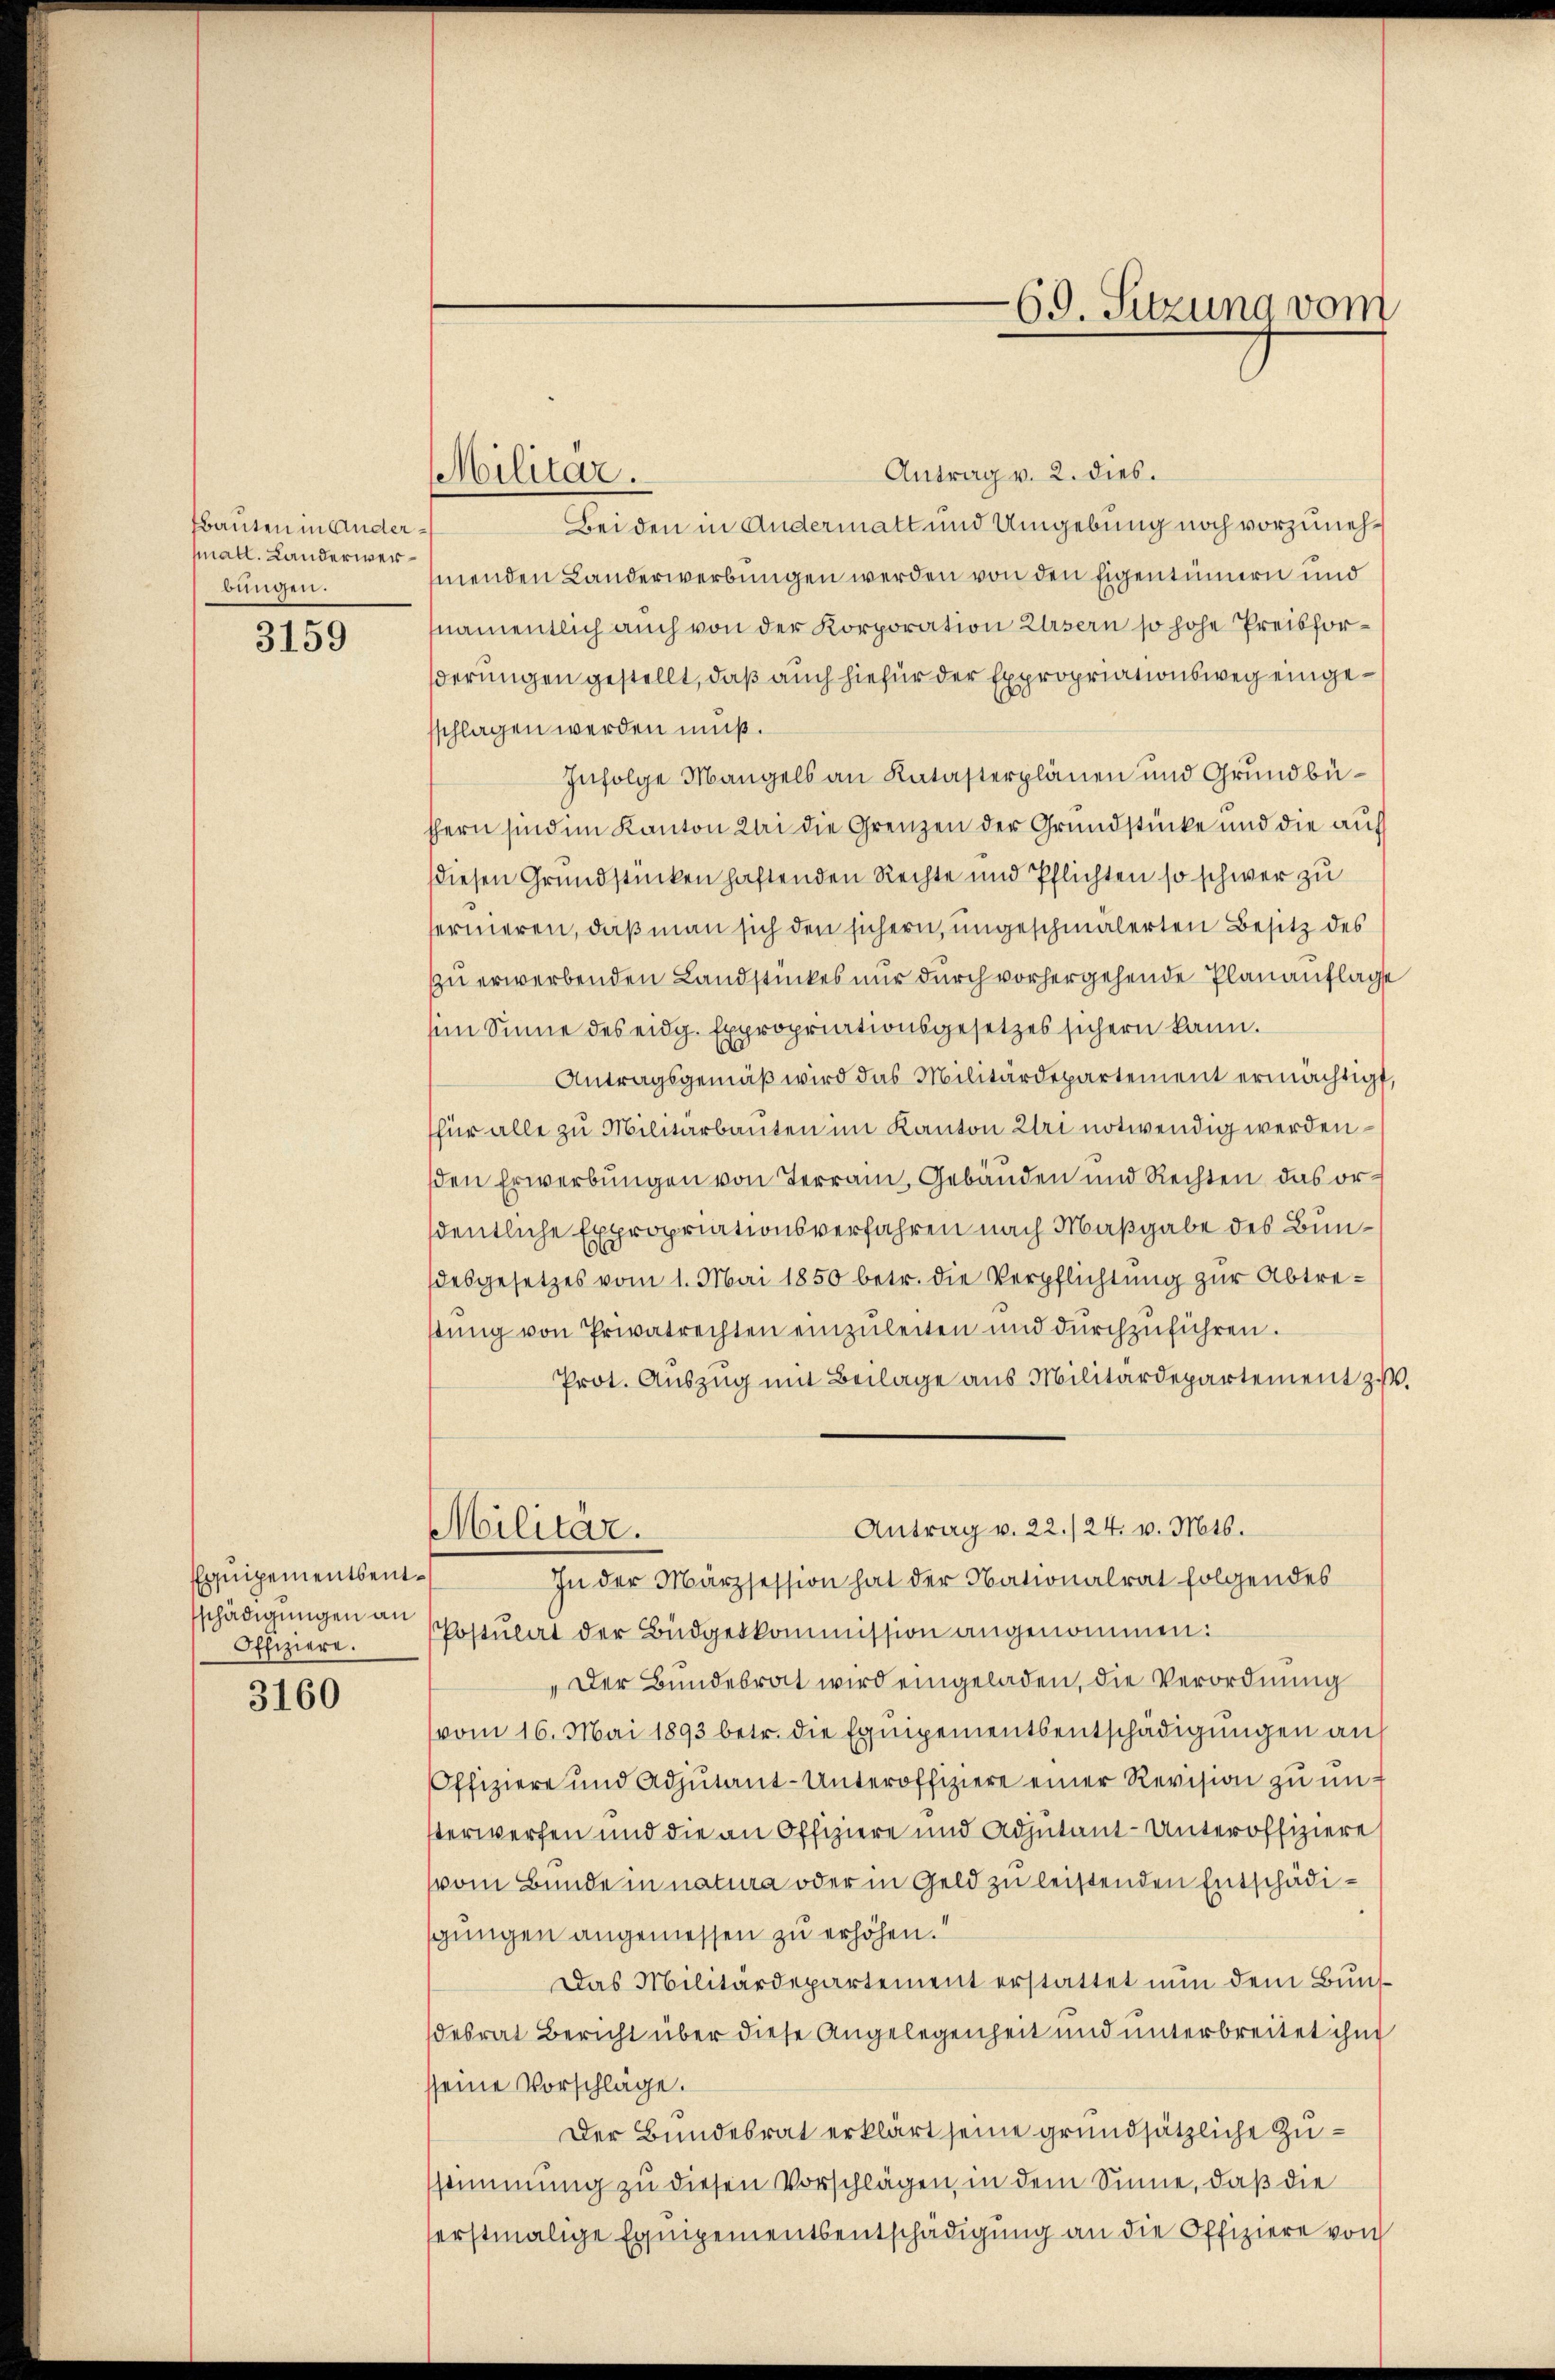
fbauten in Andermall. Landerwerbungen.

3159

Equipementsent¬
Offiziere.

3160

Antrag v. 2. dies.
Bei den in Andermatt und Umgebung noch vorzunehmenden Landerwerbungen werden von den Eigentümern und
namentlich auch von der Korporation Ursern so hohe Preisforderungen gestellt, daß auch hiefür der Expropriationsweg eingesschlagen werden muß.
Infolge Mangels an Katasterplänen und Grundbüthern sind im Kanton bei die Grenzen der Grundstücke und die auf
diesen Grundstücken haftenden Rechte und Pflichten so schwer zu
ternieren, daß man sich den sichern, ungeschmälerten Besitz des
zu erwerbenden Landstückes nur durch vorhergehende Planauflage
im Sinne des eidg. Expropriationsgesetzes sichern kann.
Antragsgemäß wird das Militärdepartement ermächtigt,
für alle zu Militarbauten im Kanton Uri notwendig werden –
sden Erwerbungen von Terrain, Gebäuden und Rechten, das ordentliche Expropriationsverfahren nach Maßgabe des Bundesgesetzes vom 1. Mai 1850 betr. die Verpflichtung zur Abtretŭng von Privatrechten einzŭleiten und dŭrchzŭführen.
Prot. Auszug mit Beilage aus Militärdepartement z.
Antrag v. 22./24. v. Mts.
Militär.
In der Märzsession hat der Nationalrat folgendes
schädigungen an Postulat der Büdgetkommission angenommen:
„Der Bundesrat wird eingeladen, die Verordnung
vom 16. Mai 1893 betr. die Equipementsentschädigungen an
Offiziere und Adjutant-Unteroffiziere einer Revision zu unterwerfen und die an Offiziere und Adjutant-Unteroffiziere
vom Bunde in natura oder in Geld zu leistenden Entschädisgungen angemessen zu erhöhen.“
Das Militärdepartement erstattet nun dem Bundesrat Bericht über diese Angelegenheit und unterbreitet ihn
seine Vorschlage.
Der Bundesrat erklärt seine grundsätzliche Zusstimmung zu diesen Vorschlägen, in dem Sinne, daß die
erstmalige Equipementsentschädigung an die Offiziere von

Militär.

69. Sitzung vom